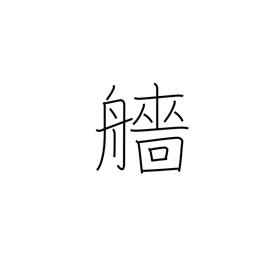
Meaning: stern